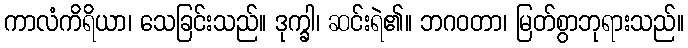
ကာလံကိရိယာ၊ သေခြင်းသည်။ ဒုက္ခါ၊ ဆင်းရဲ၏။ ဘဂဝတာ၊ မြတ်စွာဘုရားသည်။